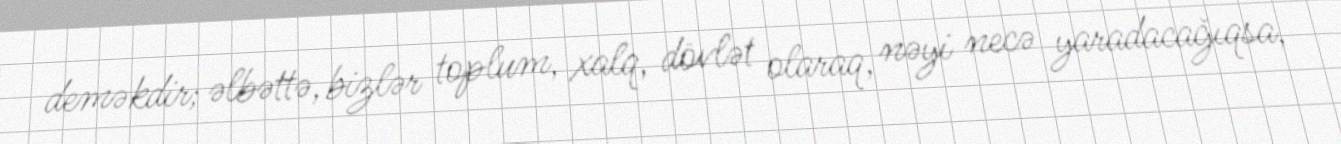
deməkdir; əlbəttə, bizlər toplum, xalq, dövlət olaraq, nəyi necə yaradacağıqsa,